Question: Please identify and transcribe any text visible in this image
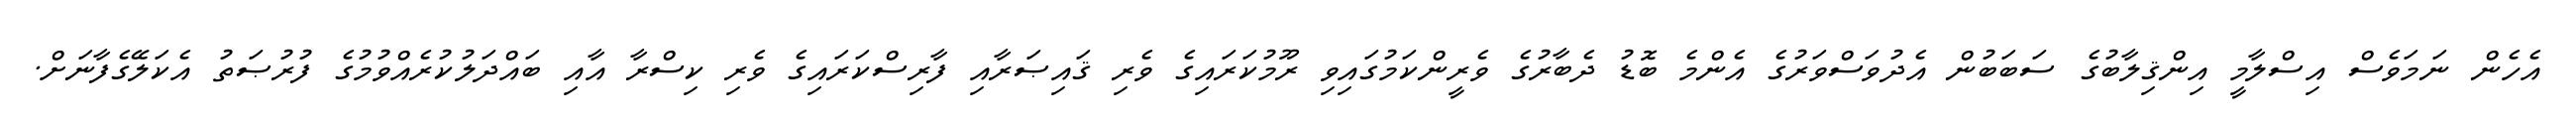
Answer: އެހެން ނަމަވެސް އިސްލާމީ އިންޤިލާބުގެ ސަބަބުން އެދުވަސްވަރުގެ އެންމެ ބޮޑު ދެބާރުގެ ވެރީންކަމުގައިވި ރޫމުކަރައިގެ ވެރި ޤައިޞަރާއި ފާރިސްކަރައިގެ ވެރި ކިސްރާ އާއި ބައްދަލުކުރެއްވުމުގެ ފުރުޞަތު އެކަލޭގެފާނަށް.